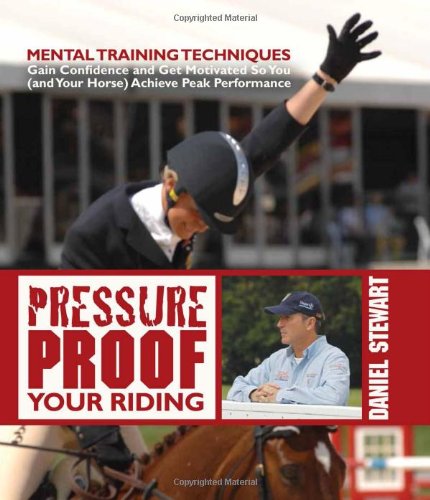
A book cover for Pressure Proof Your Riding: Mental Training Techniques; Daniel Stewart; Crafts, Hobbies & Home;